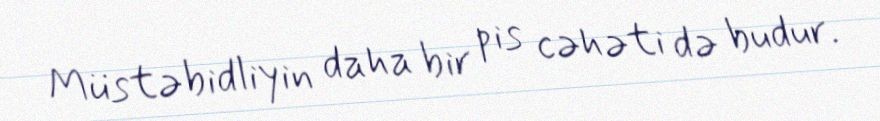
Müstəbidliyin daha bir pis cəhəti də budur.